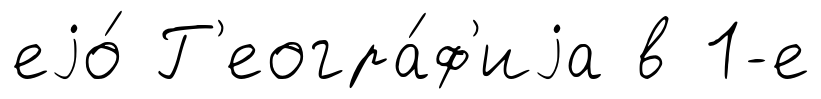
еjо́ Г'еогра́ф'иjа в 1-е